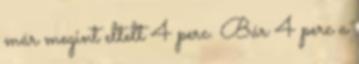
már megint eltelt 4 perc. Bár 4 perc a